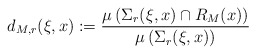
\begin{align*}d _{M , r} (\xi , x ) := \frac{\mu \left( \Sigma _r ( \xi , x ) \cap R _M (x) \right)}{\mu \left( \Sigma _r ( \xi , x ) \right)}\end{align*}